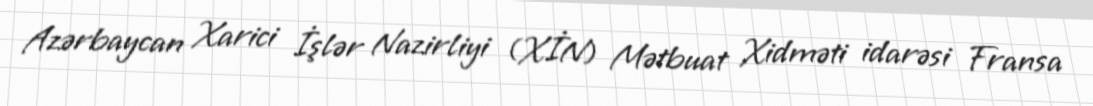
Azərbaycan Xarici İşlər Nazirliyi (XİN) Mətbuat Xidməti idarəsi Fransa